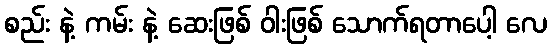
စည်း နဲ့ ကမ်း နဲ့ ဆေးဖြစ် ဝါးဖြစ် သောက်ရတာပေါ့ လေ